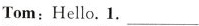
Tom:Hello.1.___